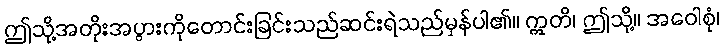
ဤသို့အတိုးအပွားကိုတောင်းခြင်းသည်ဆင်းရဲသည်မှန်ပါ၏။ ဣတိ၊ ဤသို့။ အဝေါစုံ၊